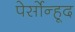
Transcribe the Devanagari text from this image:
पेर्सोन्हूद